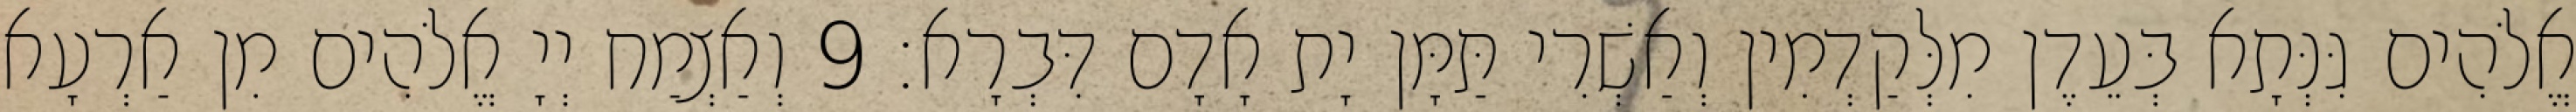
אֱלֹהִים גִּנְּתָא בְּעֵדֶן מִלְּקַדְמִין וְאַשְׁרִי תַּמָּן יָת אָדָם דִּבְרָא׃ 9 וְאַצְמַח יְיָ אֱלֹהִים מִן אַרְעָא